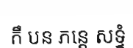
កឹ បន ភន្តេ សទ្ទំ